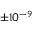
\pm 1 0 ^ { - 9 }